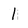
Character: 1